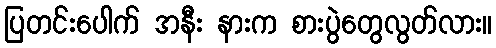
ပြတင်းပေါက် အနီး နားက စားပွဲတွေလွတ်လား။